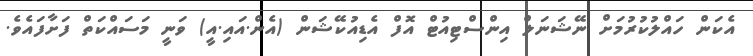
އެކަން ހައްލުކުރުމަށް ނޭޝަނަލް އިންސްޓިއުޓް އޮފް އެޑިއުކޭޝަން (އެން.އައި.އީ) ވަނީ މަސައްކަތް ފަށާފައެވެ.